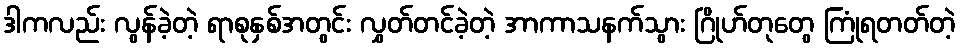
ဒါကလည်း လွန်ခဲ့တဲ့ ရာစုနှစ်အတွင်း လွှတ်တင်ခဲ့တဲ့ အာကာသနက်သွား ဂြိုဟ်တုတွေ ကြုံရတတ်တဲ့